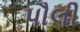
પૌલી